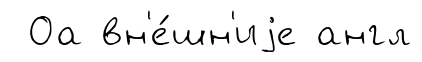
Оа вн'е́шн'иjе англ